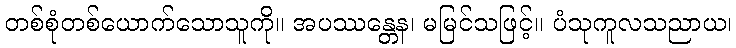
တစ်စုံတစ်ယောက်သောသူကို။ အပဿန္တေန၊ မမြင်သဖြင့်။ ပံသုကူလသညာယ၊